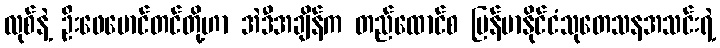
လုစ်နဲ့ ဦးဖေမောင်တင်တို့ဟာ အဲဒီအချိန်က တည်ထောင်စ မြန်မာနိုင်ငံသုတေသနအသင်းရဲ့